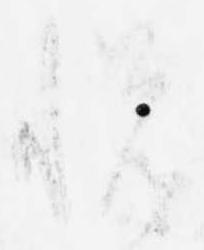
悦